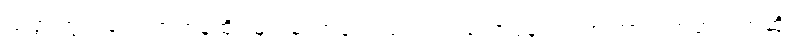
သတ္တုတွင်းတွေ တဟုန်ထိုး များမလာသေးခင် ၂၀၀၅ ကနေ ၂၀၀၈ ကာလအတွင်းကဆို